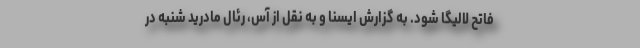
فاتح لالیگا شود. به گزارش ایسنا و به نقل از آس، رئال مادرید شنبه در